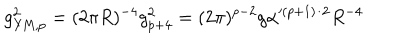
g _ { \mathrm { Y M } , p } ^ { 2 } = ( 2 \pi R ) ^ { - 4 } g _ { p + 4 } ^ { 2 } = ( 2 \pi ) ^ { p - 2 } g \alpha ^ { ( p + 1 ) / 2 } R ^ { - 4 }